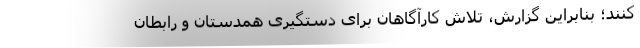
کنند؛ بنابراین گزارش، تلاش کارآگاهان برای دستگیری همدستان و رابطان